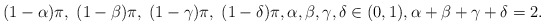
\begin{align*}(1-\alpha)\pi,\;(1-\beta)\pi,\; (1-\gamma)\pi,\; (1-\delta)\pi, \alpha,\beta, \gamma, \delta\in(0,1), \alpha+\beta+\gamma+\delta=2.\end{align*}